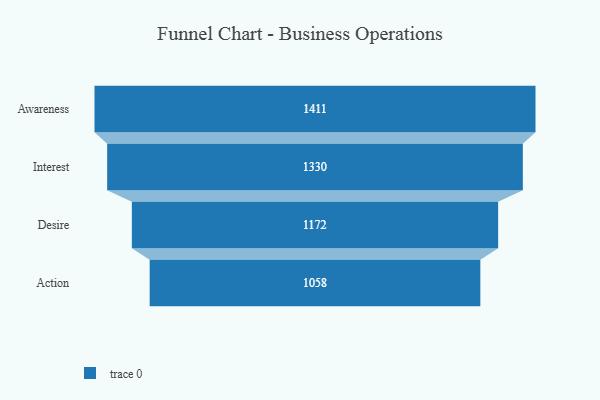
{"axis": {"x": "Stage", "y": "Value"}, "legend": [""], "data": [{"x": "Awareness", "y": 1411.0, "type": ""}, {"x": "Interest", "y": 1330.0, "type": ""}, {"x": "Desire", "y": 1172.0, "type": ""}, {"x": "Action", "y": 1058.0, "type": ""}]}